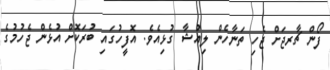
ފޯން ޗާރޖަށް ޖެހި ތަނާހެން ލިއުޝާ ގުޅިއެވެ. އޮފީހުގައި ބުރަކޮށް އުޅެން ޖެހުމުގެ